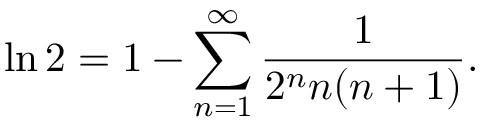
\ln 2 = 1 - \sum _ { n = 1 } ^ { \infty } { \frac { 1 } { 2 ^ { n } n ( n + 1 ) } } .